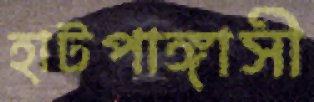
হাটপাঙ্গাসী